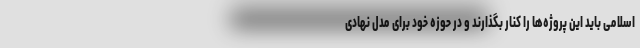
اسلامی باید این پروژه‌ها را کنار بگذارند و در حوزه خود برای مدل نهادی